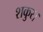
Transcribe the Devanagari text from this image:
शकुर।